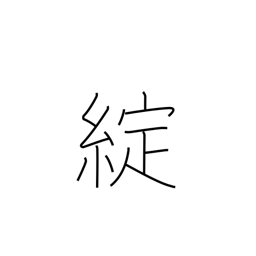
Meaning: ripped